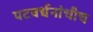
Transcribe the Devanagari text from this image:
पटवर्धनांचीच